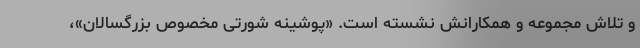
و تلاش مجموعه و همکارانش نشسته است. «پوشینه شورتی مخصوص بزرگسالان»،